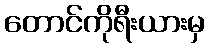
တောင်ကိုရီးယားမှ